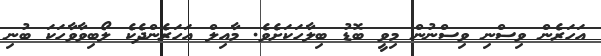
އަހަރެން ވިސްނި ވިސްނުން މިވީ ބޮޑު ބިލާހަކަށެވެ. މާއިލް އަހަރެންދެކެ ލޯބިވާވާހަކަ ބުނި